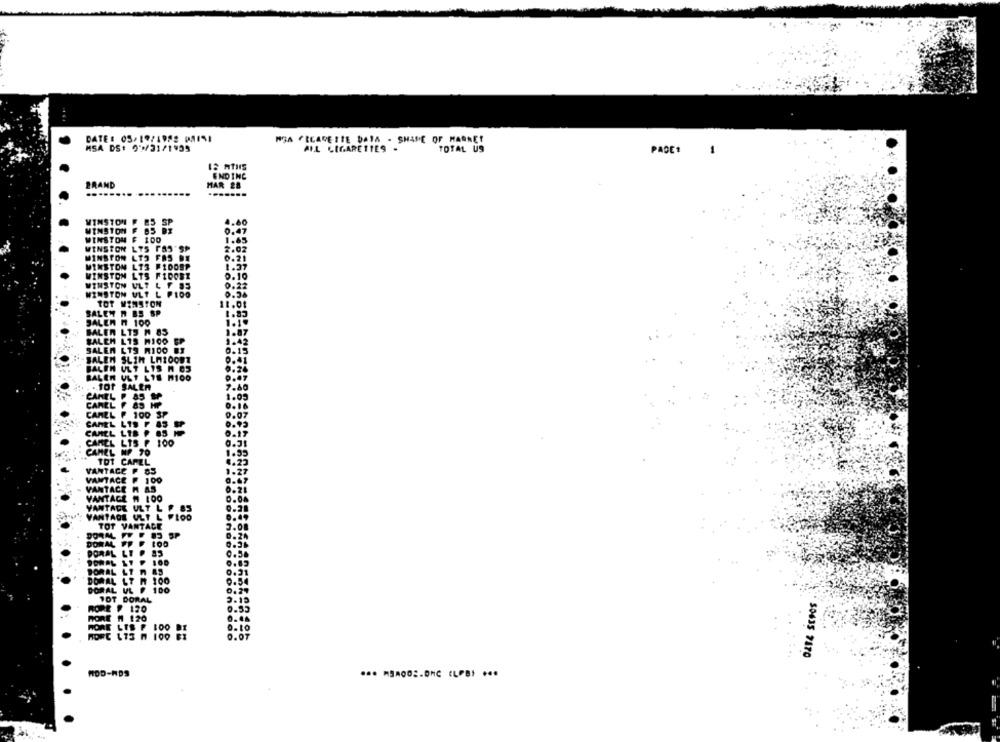
DATE: 05/19/1992 PAIS1
MSA FICAREITE DATA - SHAPE OF MARKET
MSA DS: 2 9/31/1935
ALL CIGARETTES .
TOTAL US
PACE!
1
12 MTHS
ENDING
BRAND
HAR 28
WINSTON
4.60
WINSTON
WINSTON F IDO
0.47
WINSTON
2.02
MINSTON LTO FAS DE
WINSTON LTS FIDOSP
WINSTON LTS FIDOSE
0.10
WINSTON ULT LY 85
0.22
WINSTON ULT L PIDO
TOT MINSTOM
11.01
SALEN N BS SP
SALEN H 100
BALEN LTS N 85
SALEH
LIS M100
SALEN LTS RICO BT
SALEN SLIN LMIOOUT
BALEN ULT LYS M BS
BALER ULT LYS M100
.. TOT SALER
CAMEL P 85 M
CAREL F 89 HP
CAMEL P 100 SP
CAMEL LIS P &S
CAMEL LIS P
CAMEL LTS P 100
CAMEL NF 70
TOT CAPEL
VANTAGE P 85
VANTACE F 100
. VANTACE M AS
VANTAGE # LOO
YANTADE ULT L F 85
VANTAGE ULT L FLOO
TOT VANTAGE
DORAL FF
SP
DORAL FP
PORAL LT
DORAL LT n AS
DORAL LT
100
DORAL VL F. 100
10T DORAL
MONT A 120
$0635 7170
MOD-HDS